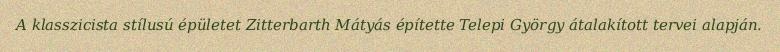
A klasszicista stílusú épületet Zitterbarth Mátyás építette Telepi György átalakított tervei alapján.